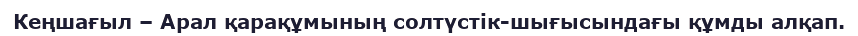
Кеңшағыл – Арал қарақұмының солтүстік-шығысындағы құмды алқап.